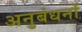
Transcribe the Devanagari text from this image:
अनुबंधनों